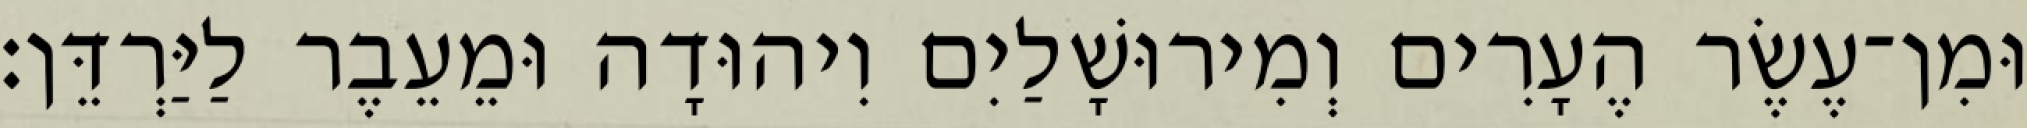
וּמִן־עֶשֶׂר הֶעָרִים וְמִירוּשָׁלַיִם וִיהוּדָה וּמֵעֵבֶר לַיַּרְדֵּן׃